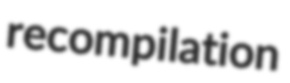
recompilation